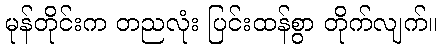
မုန်တိုင်းက တညလုံး ပြင်းထန်စွာ တိုက်လျက်။